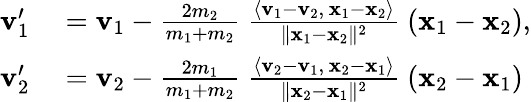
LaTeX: \begin{array}{rl}{\mathbf{v}_{1}^{\prime}}&{{}=\mathbf{v}_{1}-{\frac{2m_{2}}{m_{1}+m_{2}}}\ {\frac{\langle\mathbf{v}_{1}-\mathbf{v}_{2},\, \mathbf{x}_{1}-\mathbf{x}_{2}\rangle}{\| \mathbf{x}_{1}-\mathbf{x}_{2}\| ^{2}}}\ (\mathbf{x}_{1}-\mathbf{x}_{2}),}\\ {\mathbf{v}_{2}^{\prime}}&{{}=\mathbf{v}_{2}-{\frac{2m_{1}}{m_{1}+m_{2}}}\ {\frac{\langle\mathbf{v}_{2}-\mathbf{v}_{1},\, \mathbf{x}_{2}-\mathbf{x}_{1}\rangle}{\| \mathbf{x}_{2}-\mathbf{x}_{1}\| ^{2}}}\ (\mathbf{x}_{2}-\mathbf{x}_{1})}\end{array}